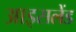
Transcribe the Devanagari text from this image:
आइसलेंड